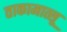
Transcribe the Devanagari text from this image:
ताकामात्सू